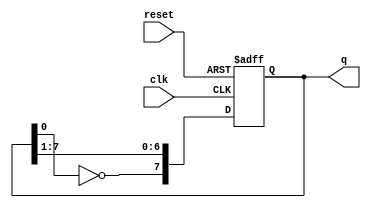
module johnson_counter (
    input wire clk,        // Clock signal
    input wire reset,      // Asynchronous reset signal
    output reg [7:0] q     // Output representing the state of the counter
);

// Sequential logic to implement the Johnson counter
always @(posedge clk or posedge reset) begin
    if (reset) begin
        q <= 8'b00000000; // Reset the counter to zero
    end else begin
        q[7] <= ~q[0];    // Invert the output of the last FF (FF7) and feed it back to FF0
        q[6] <= q[7];     // Shift output from FF7 to FF6
        q[5] <= q[6];     // Shift output from FF6 to FF5
        q[4] <= q[5];     // Shift output from FF5 to FF4
        q[3] <= q[4];     // Shift output from FF4 to FF3
        q[2] <= q[3];     // Shift output from FF3 to FF2
        q[1] <= q[2];     // Shift output from FF2 to FF1
        q[0] <= q[1];     // Shift output from FF1 to FF0
    end
end

endmodule